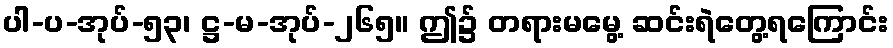
ပါ-ပ-အုပ်-၅၃၊ ဋ္ဌ-မ-အုပ်-၂၆၅။ ဤ၌ တရားမမွေ့ ဆင်းရဲတွေ့ရကြောင်း